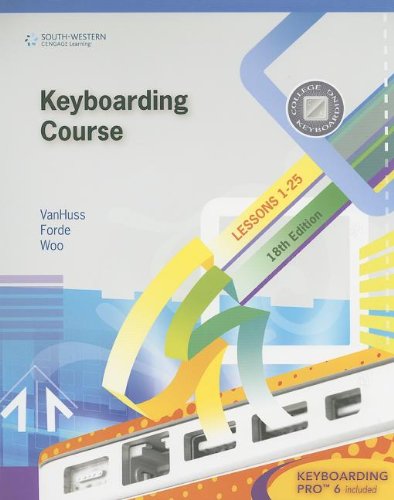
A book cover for Keyboarding Course, Lesson 1-25 [With CDROM] (College Keyboarding); Susie H. VanHuss; Business & Money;